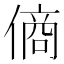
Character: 𬿞